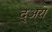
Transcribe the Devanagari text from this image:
द्अरा